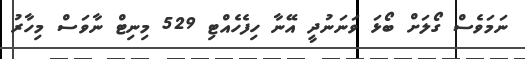
ނަމަވެސް ގޯލަށް ބޯޅަ ވަނަނުދީ އޭނާ ހިފެހެއްޓި 529 މިނިޓް ނާވަސް މިހާރު